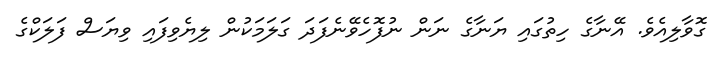
ގޮވާލިއެވެ. އޭނާގެ ހިތުގައި ޔަނާގެ ނަން ނުފޮހެވޭނެފަދަ ގަލަމަކުން ލިޔެވިފައި ވިޔަސް ފަލަކްގެ